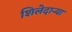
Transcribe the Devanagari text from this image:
शिलेदार्‍या